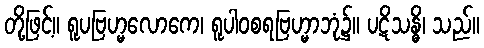
တို့ဖြင့်။ ရူပဗြဟ္မလောကေ၊ ရူပါဝစရဗြဟ္မာဘုံ၌။ ပဋိသန္ဓိ၊ သည်။